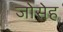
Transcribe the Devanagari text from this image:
जोसेह